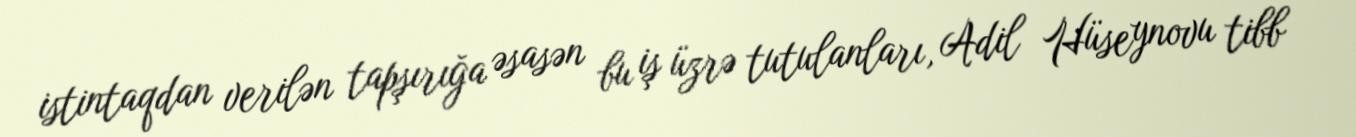
istintaqdan verilən tapşırığa əsasən bu iş üzrə tutulanları, Adil Hüseynovu tibb